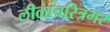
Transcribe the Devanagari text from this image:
लीळाचरित्रभर